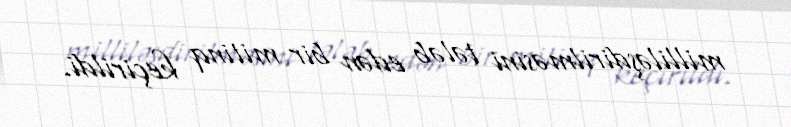
milliləşdirilməsini tələb edən bir mitinq keçirildi.